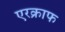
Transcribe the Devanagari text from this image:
एरक्राफ